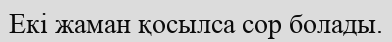
Екі жаман қосылса сор болады.